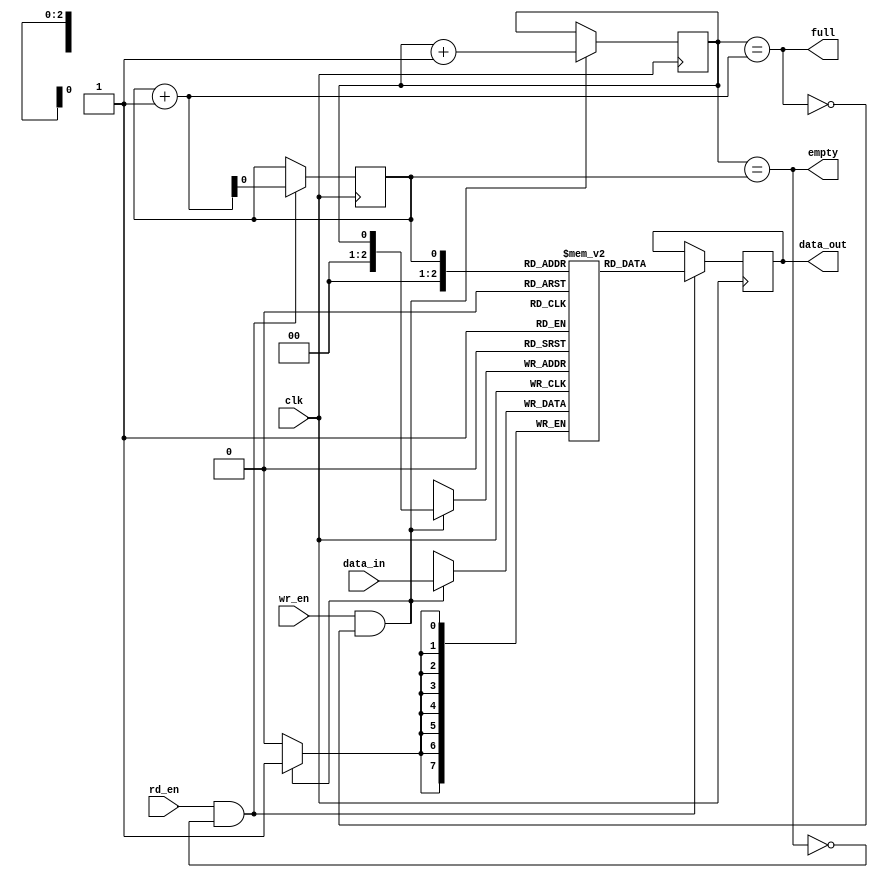
module fifo_buffer (
  input wire clk,
  input wire [7:0] data_in,
  input wire wr_en,
  input wire rd_en,
  output reg [7:0] data_out,
  output reg full,
  output reg empty
);

  reg [7:0] fifo [0:7];
  reg read_ptr;
  reg write_ptr;

  always @ (posedge clk) begin
    if (wr_en && !full) begin
      fifo[write_ptr] <= data_in;
      write_ptr <= (write_ptr == 7) ? 0 : write_ptr + 1;
    end

    if (rd_en && !empty) begin
      data_out <= fifo[read_ptr];
      read_ptr <= (read_ptr == 7) ? 0 : read_ptr + 1;
    end
  end

  assign full = (write_ptr == read_ptr + 1) || (write_ptr == 0 && read_ptr == 7);
  assign empty = (write_ptr == read_ptr);

endmodule